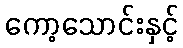
ကော့သောင်းနှင့်